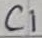
Text: C1